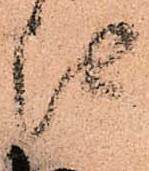
江